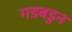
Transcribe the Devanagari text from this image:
गडबडुन